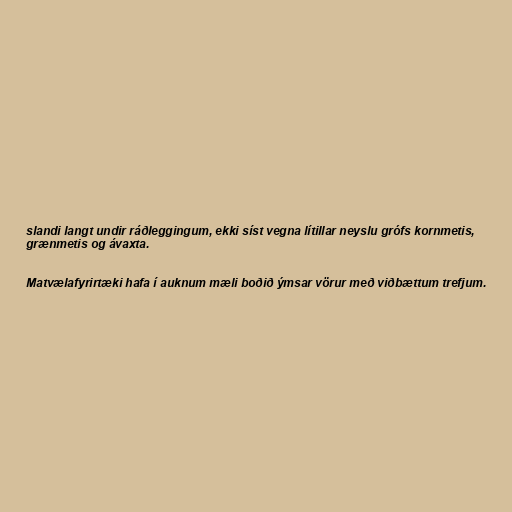
slandi langt undir ráðleggingum, ekki síst vegna lítillar neyslu grófs kornmetis,
grænmetis og ávaxta.

Matvælafyrirtæki hafa í auknum mæli boðið ýmsar vörur með viðbættum trefjum.